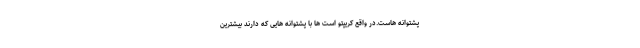
پشتوانه هاست.در واقع کریپتو است ها با پشتوانه هایی که دارند بیشترین